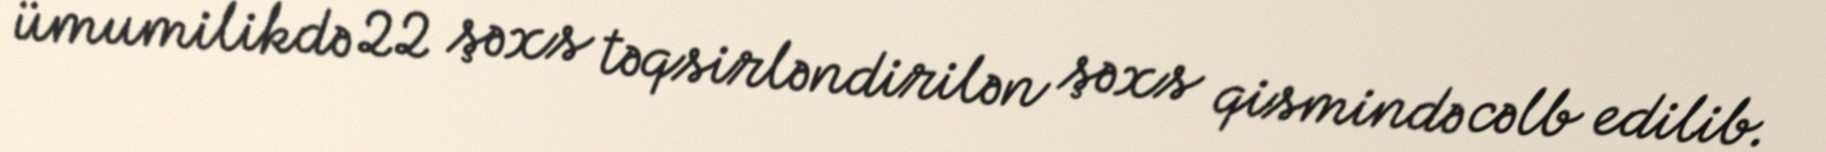
ümumilikdə 22 şəxs təqsirləndirilən şəxs qismində cəlb edilib.